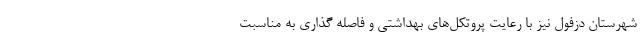
شهرستان دزفول نیز با رعایت پروتکل‌های بهداشتی و فاصله گذاری به مناسبت